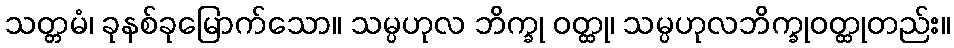
သတ္တမံ၊ ခုနစ်ခုမြောက်သော။ သမ္ပဟုလ ဘိက္ခု ဝတ္ထု၊ သမ္ပဟုလဘိက္ခုဝတ္ထုတည်း။